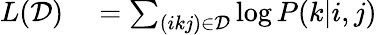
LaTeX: \begin{array}{rl}{L(\mathcal D)}&{{}=\sum_{(ikj)\in\mathcal D}\log P(k|i,j)}\end{array}